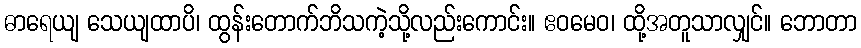
ဓာရေယျ သေယျထာပိ၊ ထွန်းတောက်ဘိသကဲ့သို့လည်းကောင်း။ ဧဝမေဝ၊ ထို့အတူသာလျှင်။ ဘောတာ